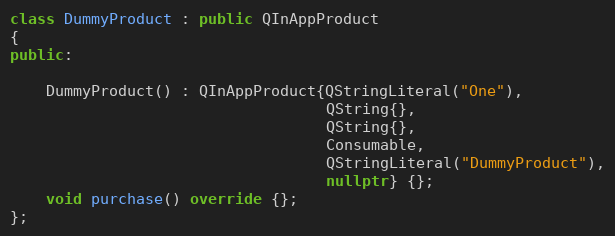
Language: C++
class DummyProduct : public QInAppProduct
{
public:

    DummyProduct() : QInAppProduct{QStringLiteral("One"),
                                   QString{},
                                   QString{},
                                   Consumable,
                                   QStringLiteral("DummyProduct"),
                                   nullptr} {};
    void purchase() override {};
};